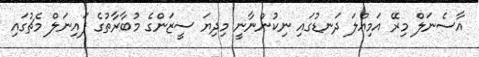
އާސެނަލް މިރޭ އަމިއްލަ ދަނޑުގައި ނިކުންނާނީ މިދިޔަ ސީޒަންގެ މުބާރާތުގެ ފައިނަލް މެޗުގައި